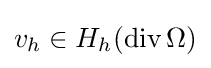
v_{h}\in H_{h}(\operatorname {div} \Omega )